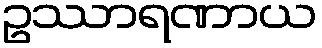
ဥဿာရဏာယ